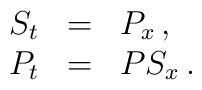
\begin{array}{rcl}S_t & = & P_x \,, \\P_t & = & P S_x \,.\end{array}